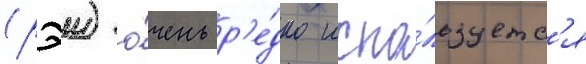
(рэи) о́чень р'е́дко испо́льзуетс'я